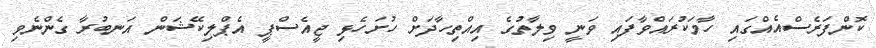
ކޮންފަރެސްއެއްގައި ހާމަކުރައްވާފައި ވަނީ ވިލާތުގެ އިއްތިހާދަށް ހުށަހެޅި ޖީއެސްޕީ އެޕްލިކޭޝަން އަނބުރާ ގެންނެވި